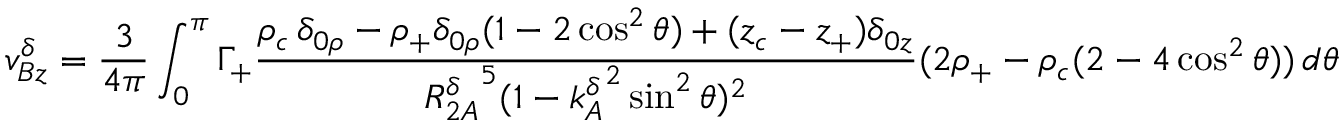
v _ { B z } ^ { \delta } = \frac { 3 } { 4 \pi } \int _ { 0 } ^ { \pi } \Gamma _ { + } \frac { \rho _ { c } \, \delta _ { 0 \rho } - \rho _ { + } \delta _ { 0 \rho } ( 1 - 2 \cos ^ { 2 } \theta ) + ( z _ { c } - z _ { + } ) \delta _ { 0 z } } { { R _ { 2 A } ^ { \delta } } ^ { 5 } ( 1 - { k _ { A } ^ { \delta } } ^ { 2 } \sin ^ { 2 } \theta ) ^ { 2 } } ( 2 \rho _ { + } - \rho _ { c } ( 2 - 4 \cos ^ { 2 } \theta ) ) \, d \theta